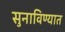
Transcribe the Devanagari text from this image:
सुनाविण्यात